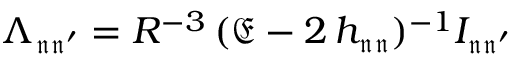
\Lambda _ { \mathfrak { n } \mathfrak { n ^ { \prime } } } = R ^ { - 3 } \, ( \mathfrak { E } - 2 \, h _ { \mathfrak { n } \mathfrak { n } } ) ^ { - 1 } I _ { \mathfrak { n } \mathfrak { n ^ { \prime } } }